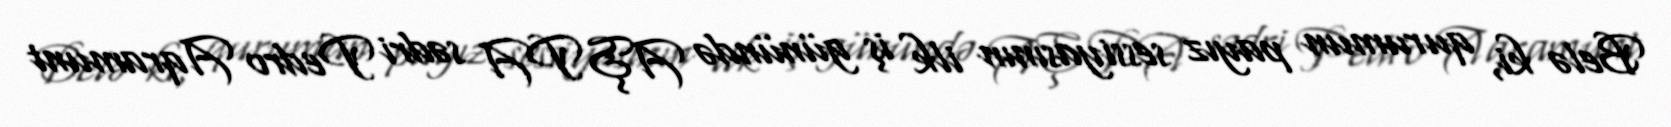
Belə ki, qurumun payız sessiyasının ilk iş günündə AŞ PA sədri Pedro Aqramunt